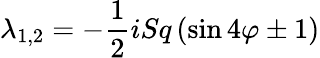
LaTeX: \lambda_{1,2}=-\frac{1}{2}iSq\left(\sin{4\varphi}\pm 1\right)